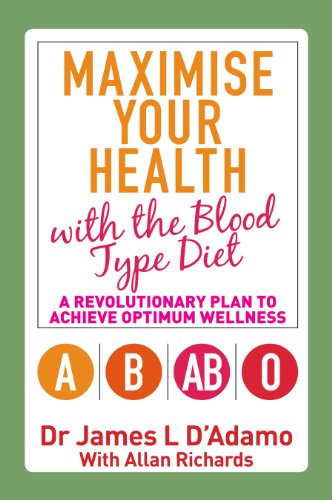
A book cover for Maximise Your Health with the Blood Type Diet: A Revolutionary Plan to Achieve Optimum Wellness; James D'Adamo; Health, Fitness & Dieting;